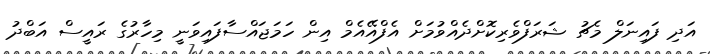
އަދި ފައިނަލް މެޗު ޝަރަފްވެރިކޮށްދެއްވުމަށް އެފްއޭއެމް އިން ހަމަޖައްސާފައިވަނީ މިހާރުގެ ރައީސް އަބްދު